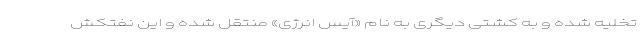
تخلیه شده و به کشتی دیگری به نام «آیس انرژی» منتقل شده و این نفتکش